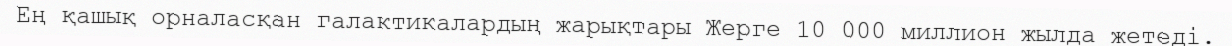
Ең қашық орналасқан галактикалардың жарықтары Жерге 10 000 миллион жылда жетеді.